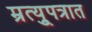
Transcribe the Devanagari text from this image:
म्रुत्यूपत्रात